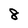
Character: 8